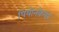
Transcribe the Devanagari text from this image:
पियोनकेयर